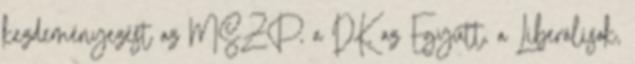
kezdeményezést az MSZP, a DK, az Együtt, a Liberálisok,